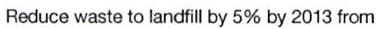
Reduce waste to landfill by 5% by 2013 from